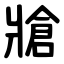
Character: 牄